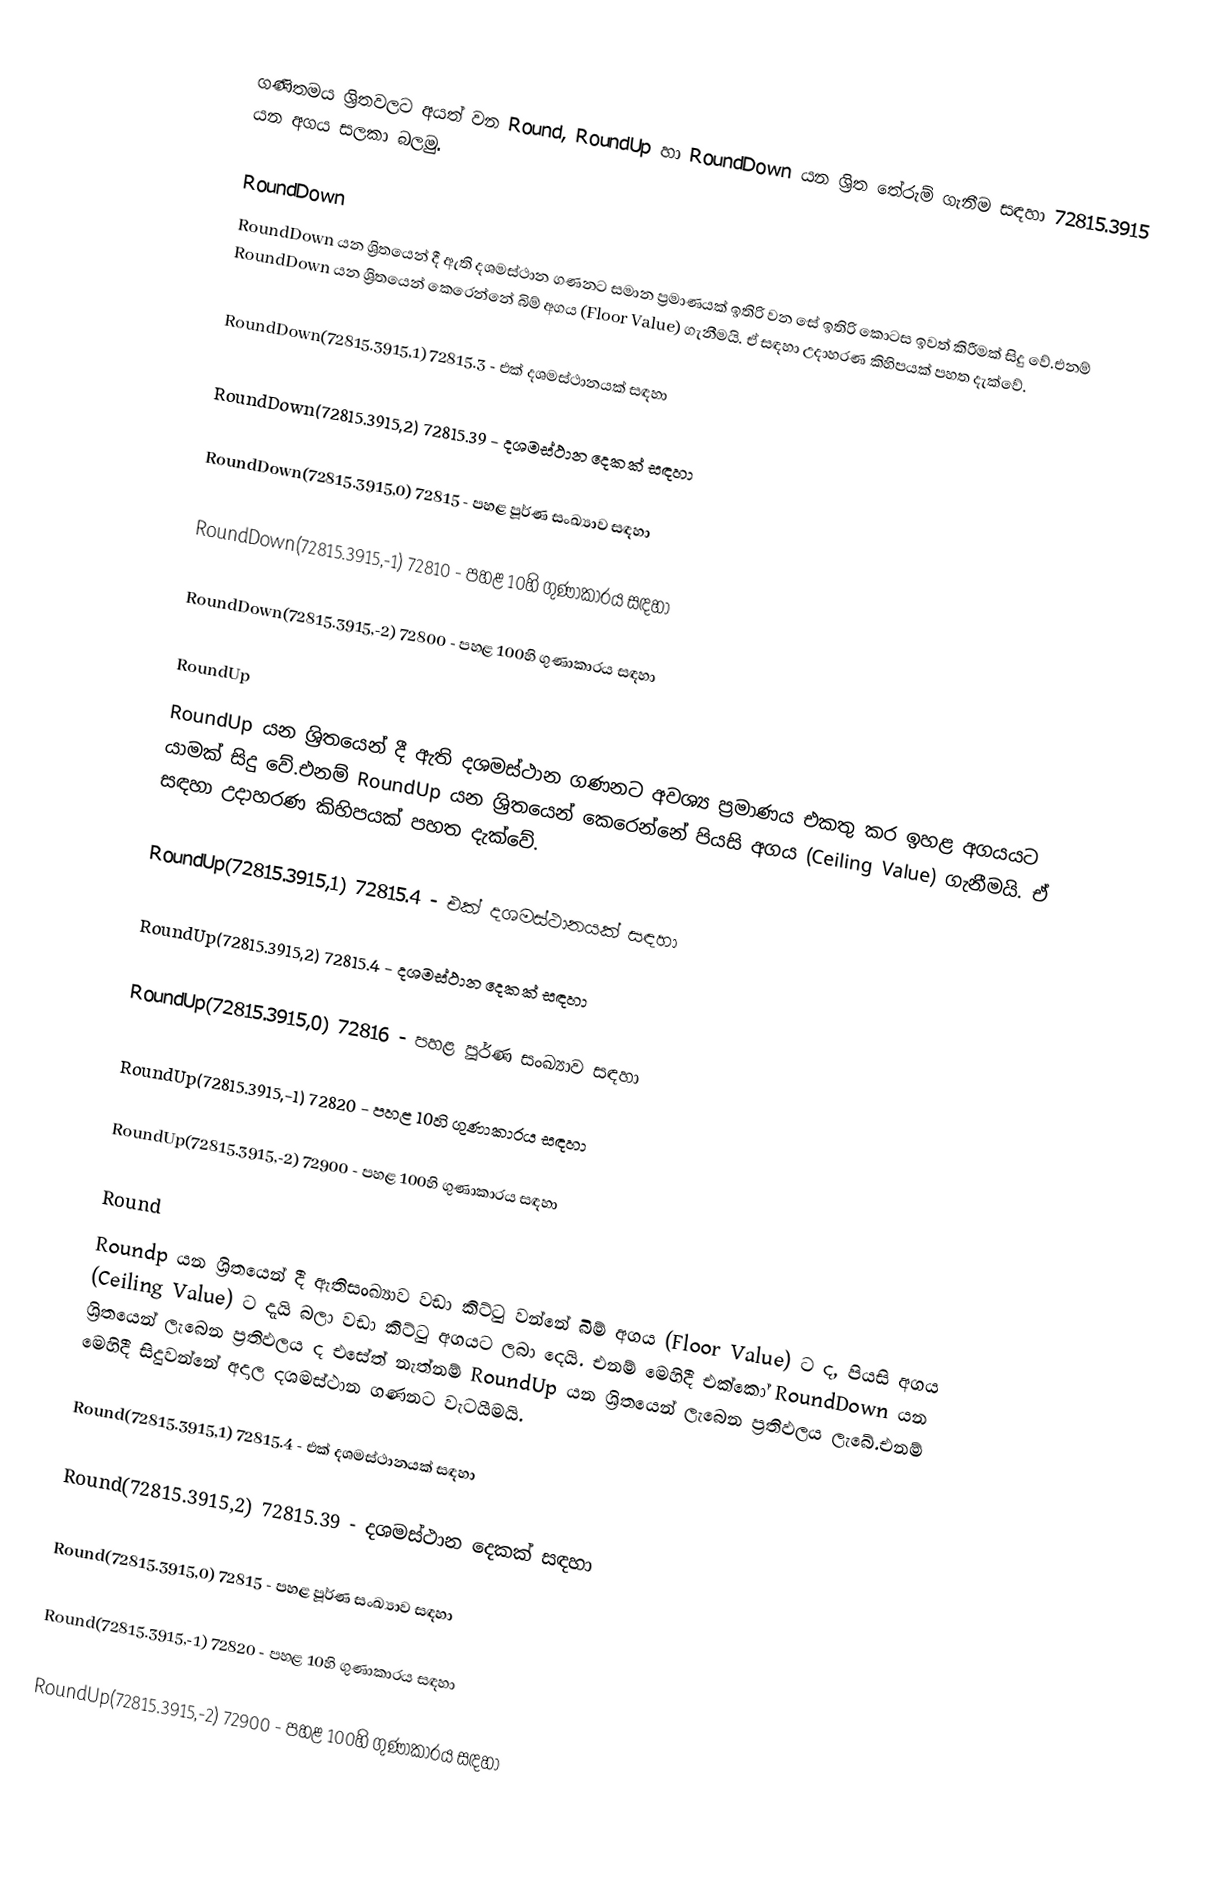
ගණිතමය ශ්‍රිතවලට අයත් වන Round, RoundUp හා RoundDown යන ශ්‍රිත තේරුම් ගැනීම සඳහා 72815.3915 යන අගය සලකා බලමු.

RoundDown
RoundDown  යන ශ්‍රිතයෙන් දී ඇති දශමස්ථාන ගණනට සමාන ප්‍රමාණයක් ඉතිරි වන සේ ඉතිරි කොටස ඉවත් කිරීමක් සිදු වේ.එනම් RoundDown යන ශ්‍රිතයෙන් කෙරෙන්නේ බිම් අගය (Floor Value) ගැනීමයි. ඒ සඳහා උදාහරණ කිහිපයක් පහත දැක්වේ.

RoundDown(72815.3915,1)  72815.3   - එක් දශමස්ථානයක් සඳහා

RoundDown(72815.3915,2)  72815.39 - දශමස්ථාන දෙකක් සඳහා

RoundDown(72815.3915,0)  72815 - පහළ පූර්ණ සංඛ්‍යාව සඳහා

RoundDown(72815.3915,-1)  72810 - පහළ 10හි ගුණාකාරය සඳහා

RoundDown(72815.3915,-2)  72800 - පහළ 100හි ගුණාකාරය සඳහා

RoundUp
RoundUp  යන ශ්‍රිතයෙන් දී ඇති දශමස්ථාන ගණනට අවශ්‍ය ප්‍රමාණය එකතු කර ඉහළ අගයයට යාමක් සිදු වේ.එනම් RoundUp යන ශ්‍රිතයෙන් කෙරෙන්නේ පියසි අගය (Ceiling Value) ගැනීමයි. ඒ සඳහා උදාහරණ කිහිපයක් පහත දැක්වේ.

RoundUp(72815.3915,1)  72815.4   - එක් දශමස්ථානයක් සඳහා

RoundUp(72815.3915,2)  72815.4 - දශමස්ථාන දෙකක් සඳහා

RoundUp(72815.3915,0)  72816 - පහළ පූර්ණ සංඛ්‍යාව සඳහා

RoundUp(72815.3915,-1)  72820 - පහළ 10හි ගුණාකාරය සඳහා

RoundUp(72815.3915,-2)  72900 - පහළ 100හි ගුණාකාරය සඳහා

Round
Roundp  යන ශ්‍රිතයෙන් දී ඇතිසංඛ්‍යාව වඩා කිට්ටු වන්නේ බිම් අගය (Floor Value) ට ද, පියසි අගය (Ceiling Value) ට දැයි බලා වඩා කිට්ටු අගයට ලබා දෙයි. එනම් මෙහිදී එක්කෝ RoundDown යන ශ්‍රිතයෙන් ලැබෙන ප්‍රතිඵලය ද එසේත් නැත්නම් RoundUp යන ශ්‍රිතයෙන් ලැබෙන ප්‍රතිඵලය ලැබේ.එනම් මෙහිදී සිදුවන්නේ අදාල දශමස්ථාන ගණනට වැටයීමයි.

Round(72815.3915,1)  72815.4   - එක් දශමස්ථානයක් සඳහා

Round(72815.3915,2)  72815.39 - දශමස්ථාන දෙකක් සඳහා

Round(72815.3915,0)  72815 - පහළ පූර්ණ සංඛ්‍යාව සඳහා

Round(72815.3915,-1)  72820 - පහළ 10හි ගුණාකාරය සඳහා

RoundUp(72815.3915,-2)  72900 - පහළ 100හි ගුණාකාරය සඳහා